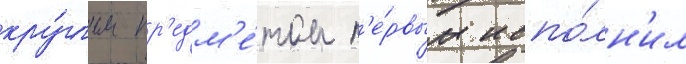
кру́глым пр'едм'е́том п'е́рвым испо́лн'ил